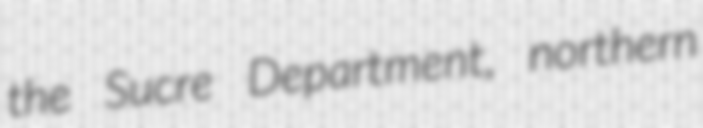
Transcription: the Sucre Department, northern